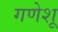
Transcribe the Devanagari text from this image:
गणेशू